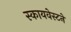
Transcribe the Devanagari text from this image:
स्कायवेस्टने